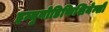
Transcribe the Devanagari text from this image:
इम्युनोडिफिशियेन्सी